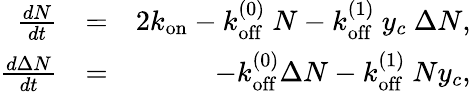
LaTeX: \begin{array}{rlr}{\frac{dN}{dt}}&{=}&{2k_{\mathrm{on}}-k_{\mathrm{off}}^{(0)}\ N-k_{\mathrm{off}}^{(1)}\ y_{c}\ \Delta N,}\\ {\frac{d\Delta N}{dt}}&{=}&{-k_{\mathrm{off}}^{(0)}\Delta N-k_{\mathrm{off}}^{(1)}\ Ny_{c},}\end{array}